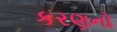
કરણનો